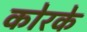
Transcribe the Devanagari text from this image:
कोरके